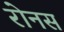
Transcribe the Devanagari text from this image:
रोनस